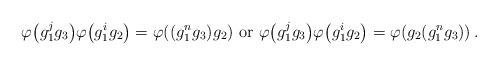
LaTeX: \begin{align*} \varphi \big( g^{j}_1 g_3 \big) \varphi \big( g^{i}_1 g_2 \big) = \varphi ((g^{n}_1 g_3) g_2) \mbox{ or } \varphi \big( g^{j}_1 g_3 \big) \varphi \big( g^{i}_1 g_2 \big) = \varphi (g_2 (g^{n}_1 g_3)) \,.\end{align*}